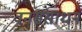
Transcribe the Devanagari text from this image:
वनसंसाधन